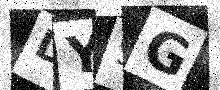
Text: DY9G